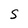
Character: s